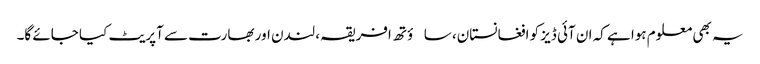
یہ بھی معلوم ہوا ہے کہ ان آئی ڈیز کو افغانستان، ساؤتھ افریقہ، لندن اور بھارت سے آپریٹ کیا جائے گا۔